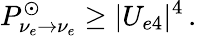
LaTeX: P_{\nu_{e}\rightarrow\nu_{e}}^{\odot}\geq|U_{e4}|^{4}\, .